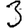
Digit: 3